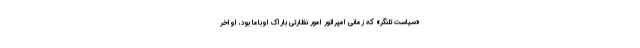
«سیاستِ تلنگر» که زمانی امپراتور امور نظارتی باراک اوباما بود، اواخر